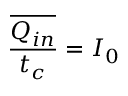
\frac { \overline { { Q _ { i n } } } } { t _ { c } } = I _ { 0 }